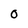
Character: 0